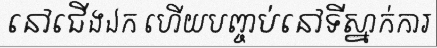
នៅជើងឯក ហើយបញ្ចប់នៅទីស្នាក់ការ